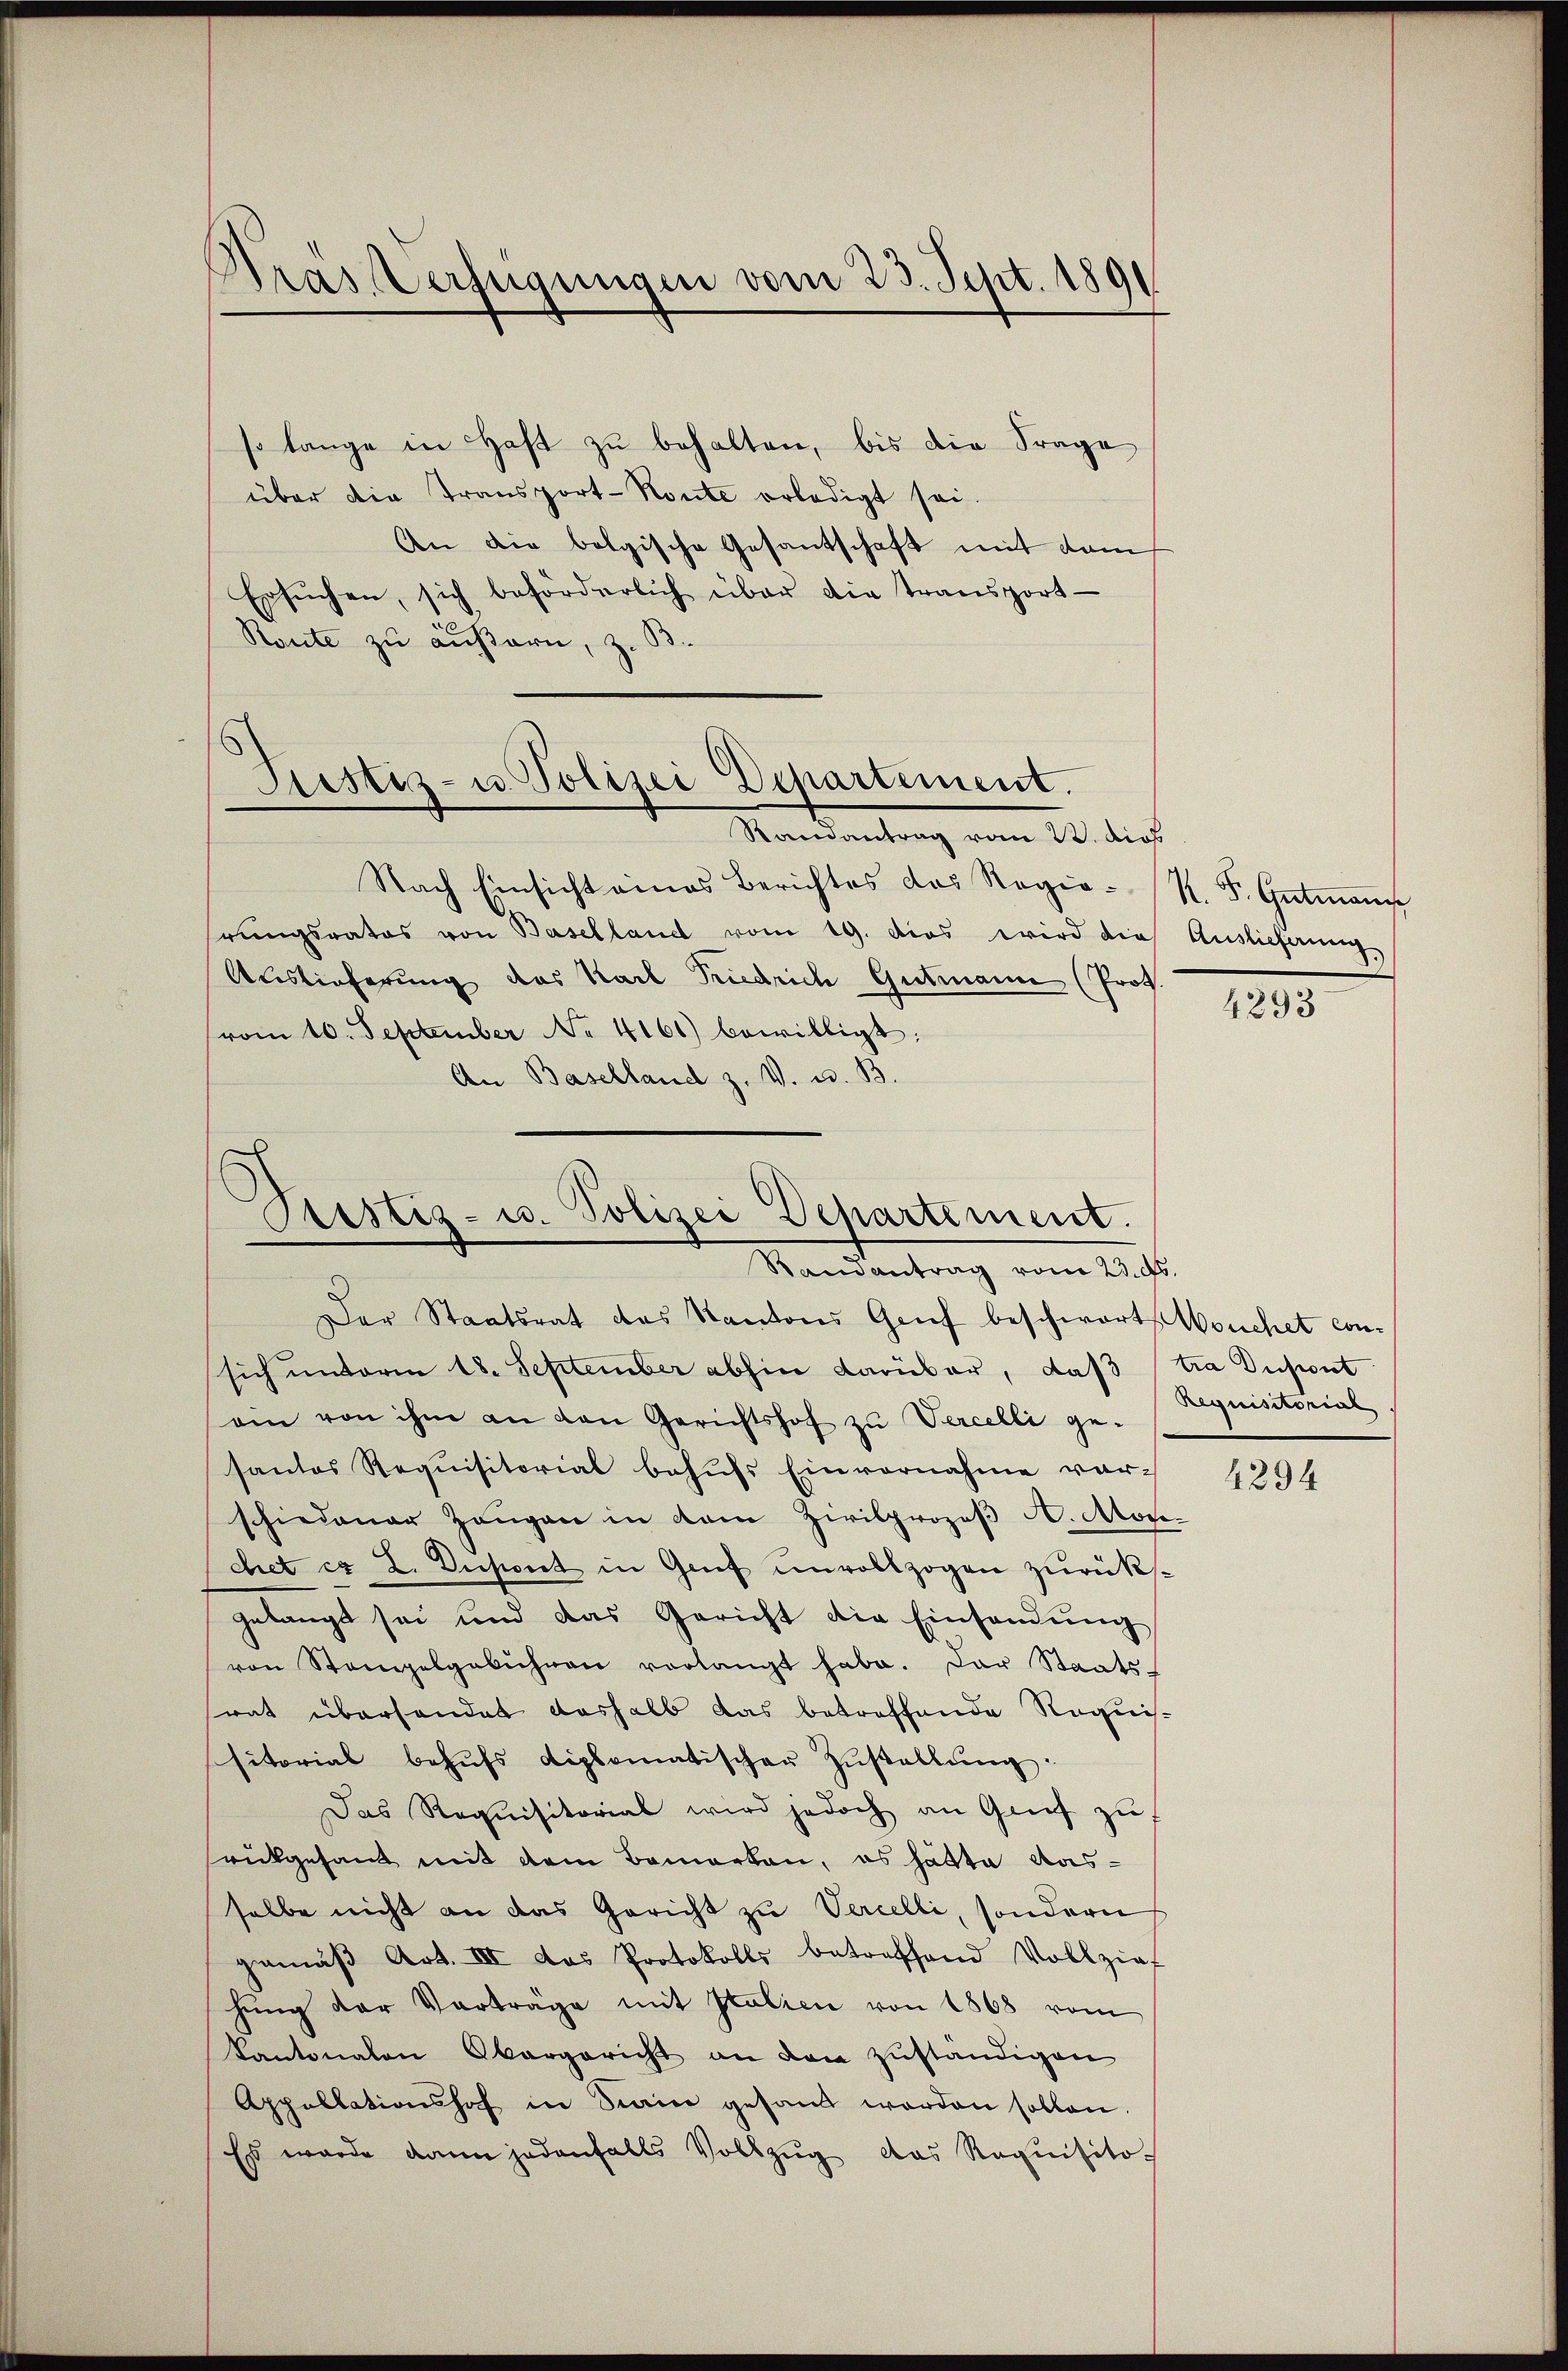
s
Gras Verfügungen vom 23. Sept. 1891

so lange in Haft zŭ behalten, bis die Frage
über die Transport-Route erledigt sei.
An die bolgische Gesantschaft mit dam
Ersŭchen, sich beförderlich über die transport-
Route zu äußern, z. B.

Prestiz- u. Polizei Departement.
Randantrag vom 22. dies

Nach Einsicht eines Berichtes das Regiehrungsrates von Baselland vom 19. dies wird die Auslieferung,
Auslieferung des Karl Friedrich Gutmann (Prof.
vom 10. September No. 4161) bewilligt:
An Baselland z. V. u. B.
Justiz- u. Polizei Departement.

Randantrag vom 23. ds.

Der Staatsrat des Kantons Genf beschwort, Wouchet con-
sich unterm 18. September abhin darüber, daß tra Dupont
ein von ihm an den Gerichtshof zu Vercelli ge-
santes Requisitorial behufs Einvernahme vor-
schiedener Zeugen in dem Zivilprozeß A. Morchet er L. Diesent in Genf unvollzogen zurücksgelangt sei und das Gericht die Einsandŭng
von Stampelgebühren verlangt habe. Der Staats-
rat überhandet deshalb das betreffende Requis
sitorial behŭfs diplomatischer Zŭstallŭng.
Das Requisitorial wird jedoch an Genf zu
rückgesand mit dem Bemerken, es hätte Aushalbe nicht an das Gericht zu Vercelli, sondern
gemäβ Art. III das Protokolls betreffend Vollzief
hŭng der Vorträge mit Italien von 1868 vom
Kantonalen Obergericht an den zŭständigen
Appellationshof in Staine gesandt worden sollen.
Es wurde dann jedenfalls Vollzŭg das Requisito-

R. F. Gutmann

4293

Requisitorial

4294